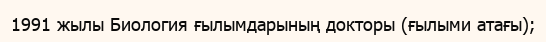
1991 жылы Биология ғылымдарының докторы (ғылыми атағы);